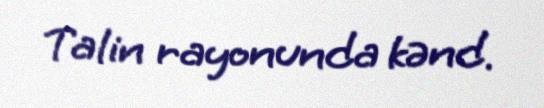
Talin rayonunda kənd.